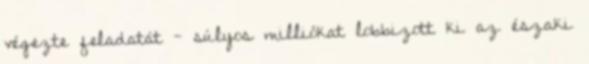
végezte feladatát - súlyos milliókat lobbizott ki az északi